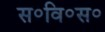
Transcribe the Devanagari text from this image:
स॰वि॰स॰